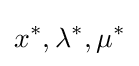
x^{*},\lambda ^{*},\mu ^{*}